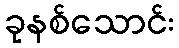
ခုနစ်သောင်း